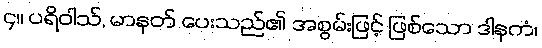
၄။ ပရိဝါသ်, မာနတ် ပေးသည်၏ အစွမ်းဖြင့် ဖြစ်သော ဒါနကံ၊